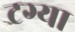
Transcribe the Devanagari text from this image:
टग्या